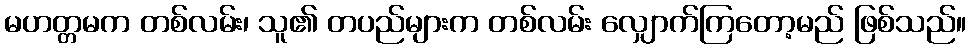
မဟတ္တမက တစ်လမ်း၊ သူ၏ တပည်များက တစ်လမ်း လျှောက်ကြတော့မည် ဖြစ်သည်။